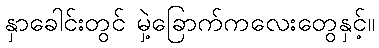
နှာခေါင်းတွင် မှဲ့ခြောက်ကလေးတွေနှင့်။